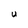
Character: U